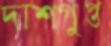
দাশগুপ্ত